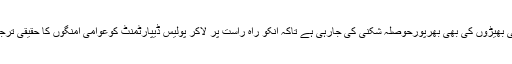
محکمے سے کالی بھیڑوں کی بھی بھرپورحوصلہ شکنی کی جارہی ہے تاکہ انکو راہ راست پر لاکر پولیس ڈیپارٹمنٹ کوعوامی امنگوں کا حقیقی ترجمان بنایاجاسکے۔